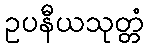
ဥပနီယသုတ္တံ